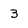
Character: 3